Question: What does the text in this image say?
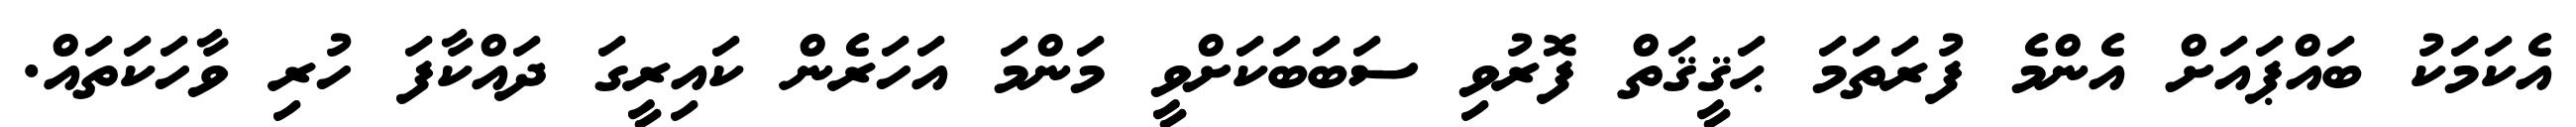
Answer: އެކަމަކު ބައްޕައަށް އެންމެ ފުރަތަމަ ޙަޤީޤަތް ފޮރުވި ސަބަބަކަށްވީ މަންމަ އަހަރެން ކައިރީގަ ދައްކާފަ ހުރި ވާހަކަތައް.